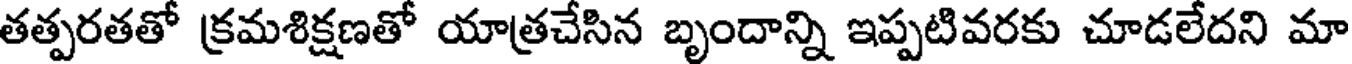
తత్పరతతో క్రమశిక్షణతో యాత్రచేసిన బృందాన్ని ఇప్పటివరకు చూడలేదని మా